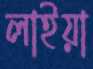
লাইয়া